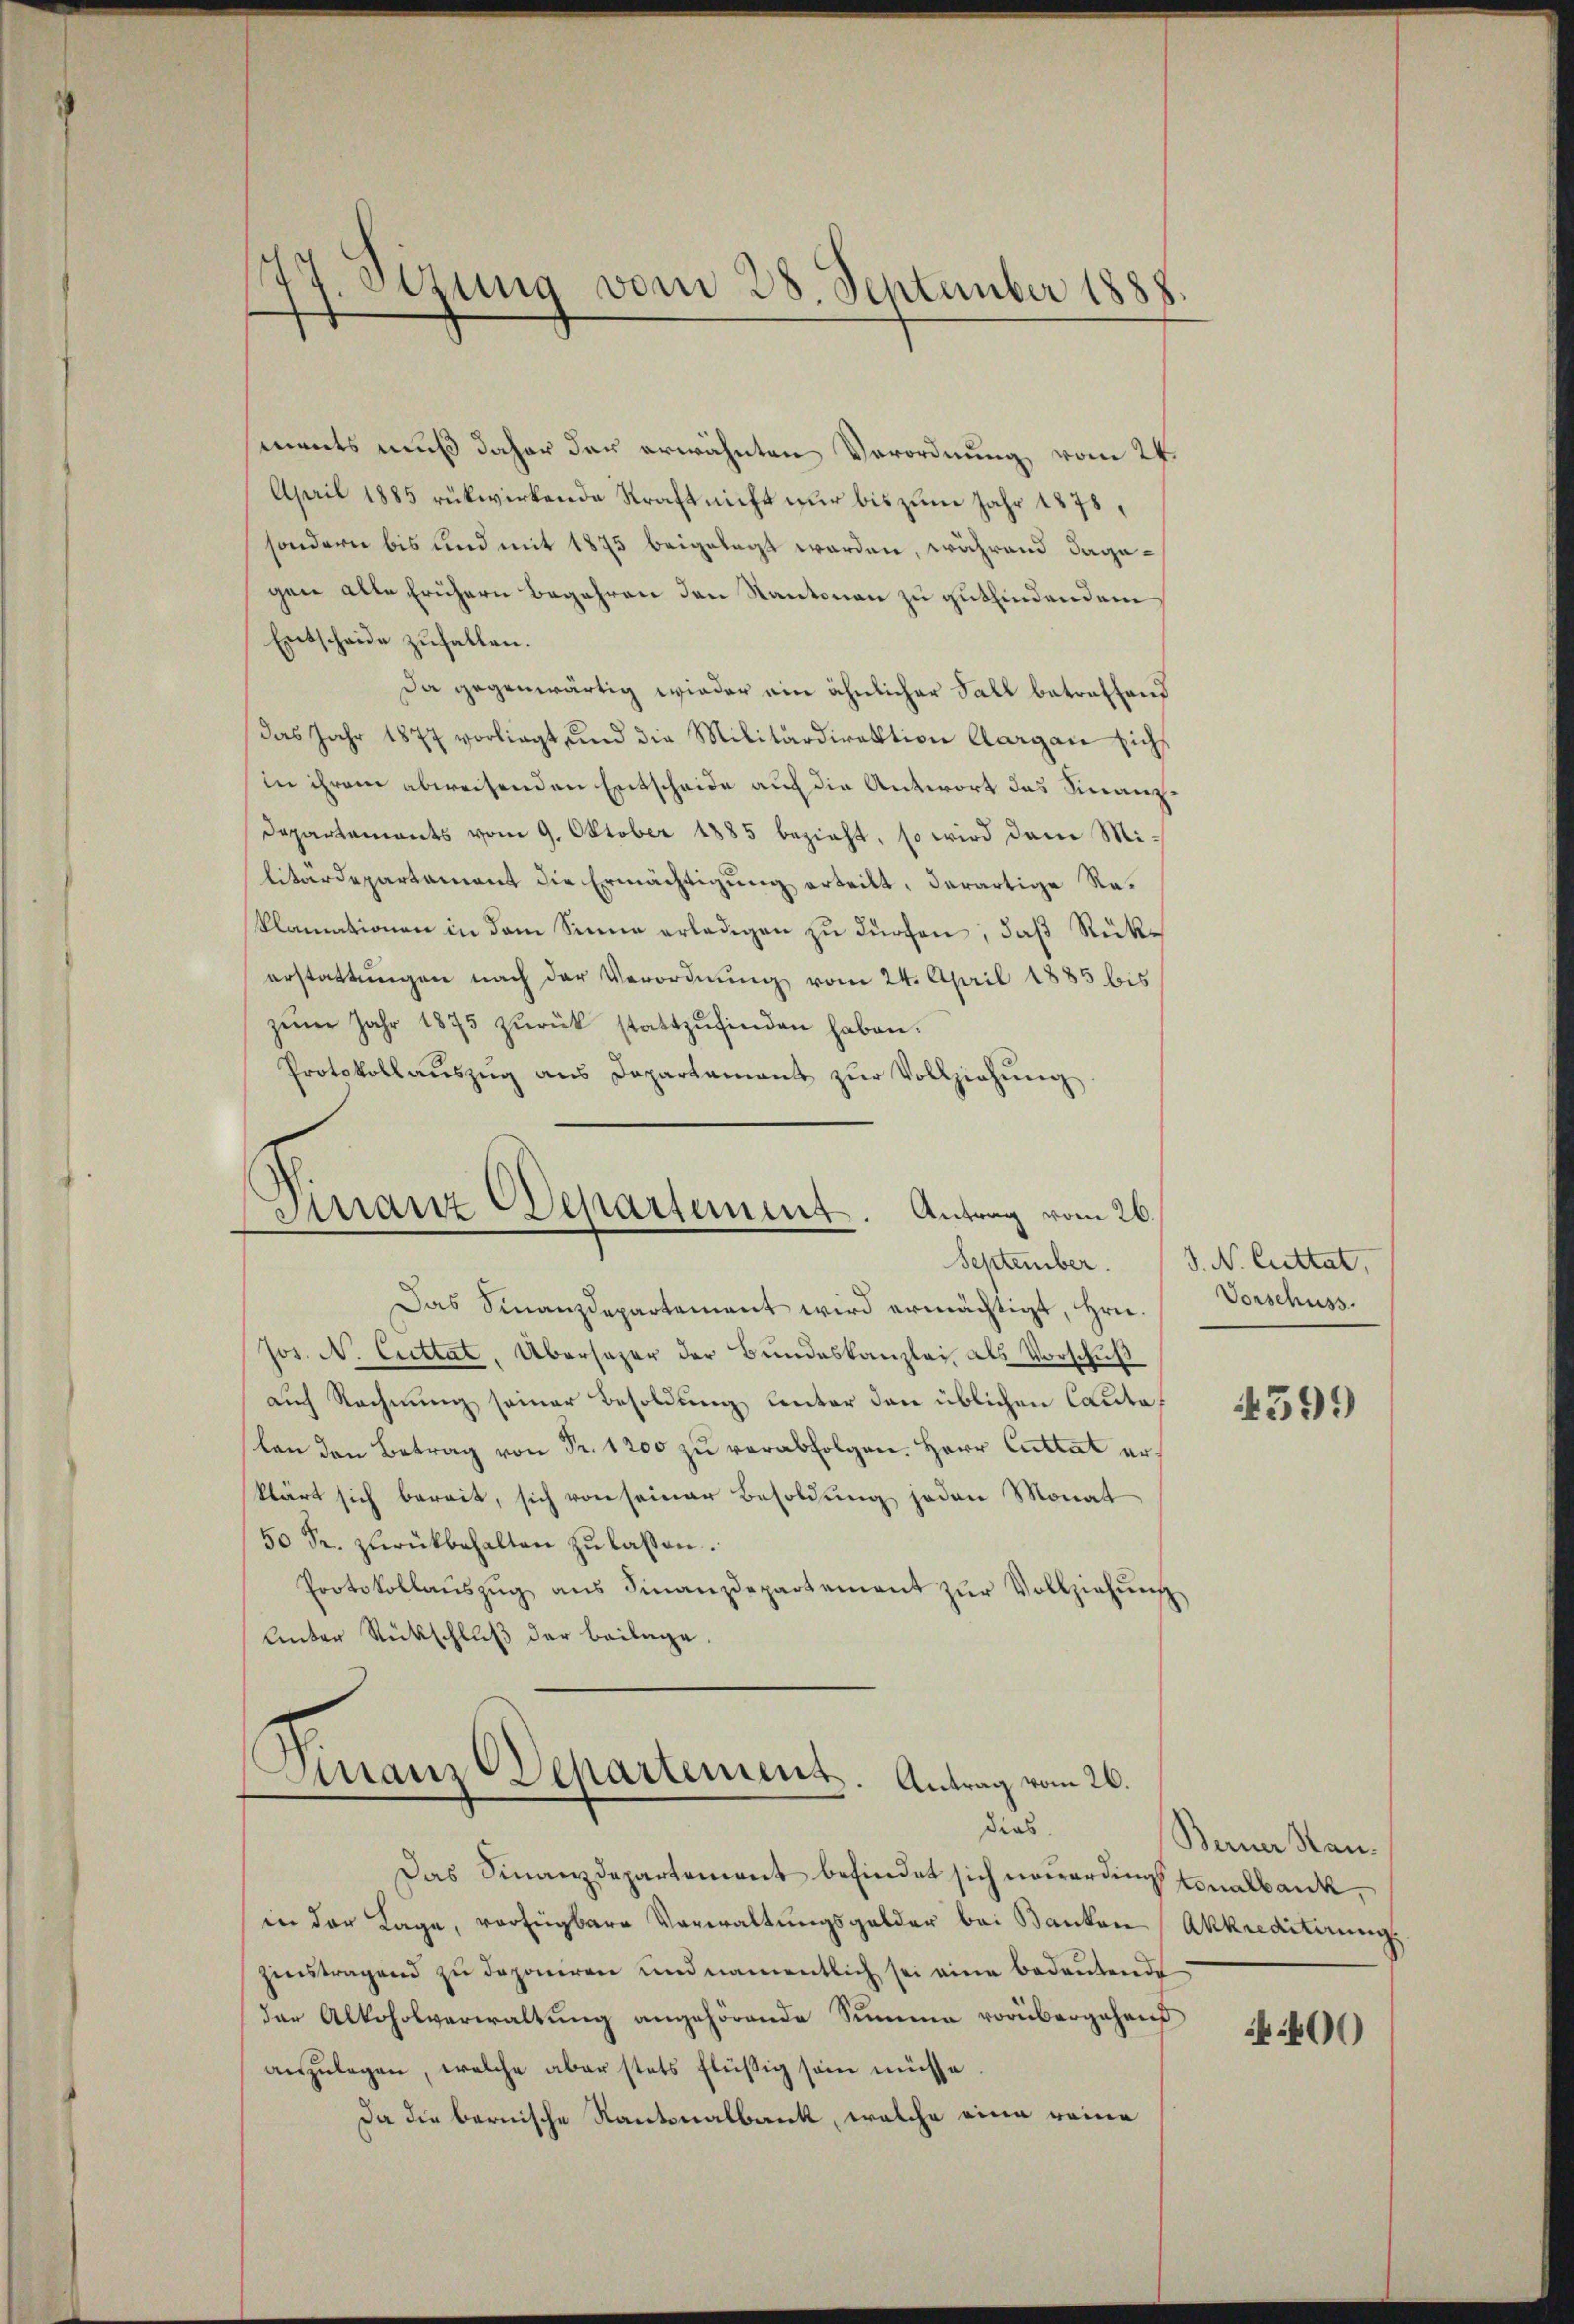
77. Setzung vom 28. September 1888.

ments muß daher der erwähnten Verordnung vom 24.
April 1885 rükwirkende Kraft nicht nur bis zum Jahr 1875,
sondern bis und mit 1875 beigelegt worden, während dagegen alle frühern Begehren den Kantonen zu gutfindendem
Entscheide zufallen.
Da gegenwärtig wieder ein ähnlicher Fall betreffend
das Jahr 1877 vorliegt, und die Militärdirektion Aargau sich
in ihrem abweisenden Entscheide auf die Antwort das Finanz¬
Departements vom 9. Oktober 1885 bezieht, so wird dem Militärdepartement die Ermächtigung erteilt, derartige Reklamationen in dem Sinne erledigen zu dürchen, daß Rückerstattungen nach der Verordnung vom 24. April 1885 bis
zene Jahr 1875 zŭrück stattzŭfinden haben.
Protokollaŭszŭg ans Departament zŭr Vollziehŭng.

Finanz-Departement. Antrag vom 26.

Das Finanzdepartement wird ermächtigt, Hrn.
Jos. N. Cuttat, Übersazer der Bundeskanzlei, als Vorschuß
auch Rechnung seiner Besoldung unter den üblichen Cantolen den Betrag von Fr. 1200 zu verabfolgen. Herr Cuttat erklärt sich bereit, sich von seiner Besoldung jeden Monat
50 Sr. zŭrückbehalten zŭ lassen.
Protokollaŭszŭg ans Finanzdepartement zŭr Vollziehŭng
Unter Rückschluß der Beilage.

Finanz-Departement. Antrag vom 26.
dies

Das Finanzdepartement befindet sich neuerdings tonalbank,
in der Lage, verfügbare Verwaltŭngsgelder bei Banken Akkrediterung,
zenstragend zu deponiren und namentlich sei eine bedeutende
der Alkoholverwaltung angehörende Summe vorübergehen
anzulegen, welche aber stets flüßig sein müsse
Da die bernische Kantonalbank, welche eine reine

September. J. N. Cuttat,
Vorschuss

4599

Berner Han¬

400